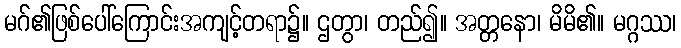
မဂ်၏ဖြစ်ပေါ်ကြောင်းအကျင့်တရာ၌။ ဌတွာ၊ တည်၍။ အတ္တနော၊ မိမိ၏။ မဂ္ဂဿ၊